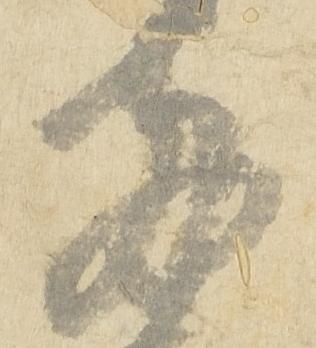
両